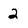
Character: 2